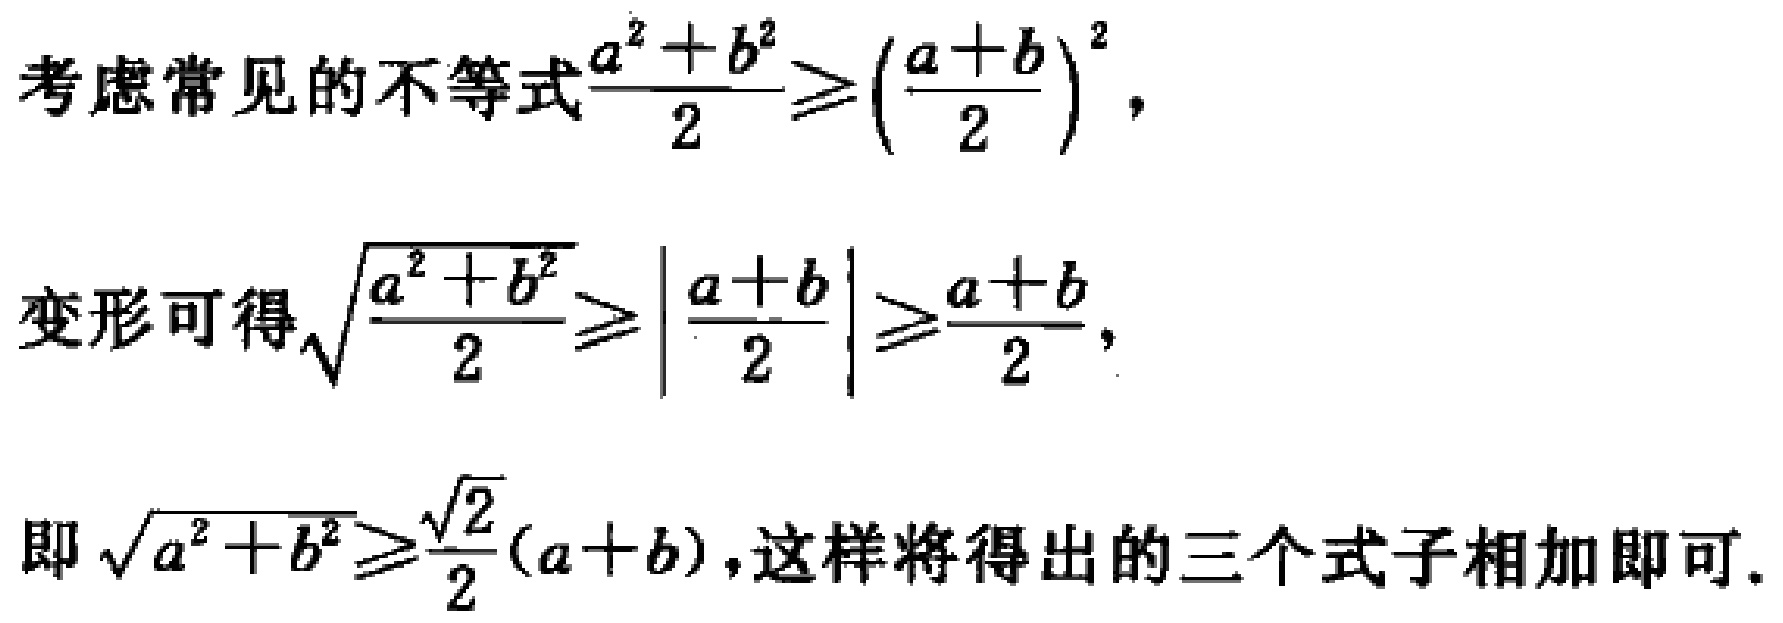
考虑常见的不等式$\frac{a^{2}+b^{2}}{2}\geqslant(\frac{a + b}{2})^{2},$
变形可得$\sqrt{\frac{a^{2}+b^{2}}{2}}\geqslant\left|\frac{a + b}{2}\right|\geqslant\frac{a + b}{2},$
即$\sqrt{a^{2}+b^{2}}\geqslant\frac{\sqrt{2}}{2}(a + b)$,这样将得出的三个式子相加即可.